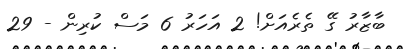
ބާޒާރު ގޭ ތެރެއަށް! 2 އަހަރު 6 މަސް ކުރިން - 29